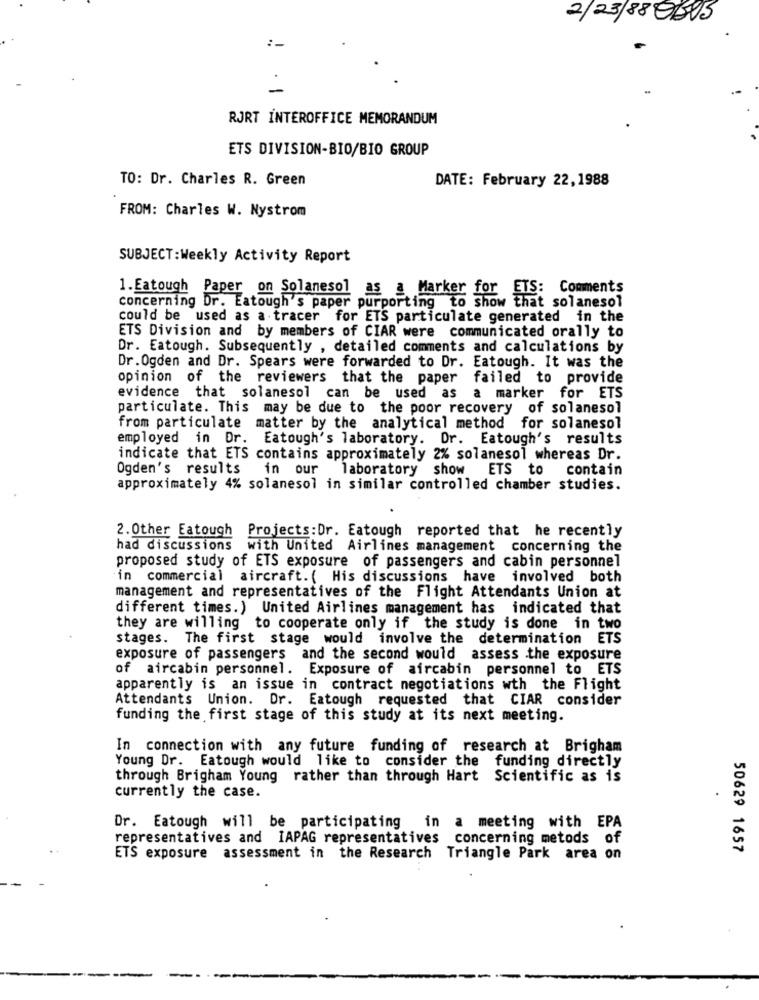
2/23/88 QEUS
:-
RJRT INTEROFFICE MEMORANDUM
ETS DIVISION-BIO/BIO GROUP
TO: Dr. Charles R. Green
DATE: February 22,1988
FROM: Charles W. Nystrom
SUBJECT:Weekly Activity Report
1. Eatough Paper on Solanesol as a Marker for ETS: Comments
concerning Dr. Eatough's paper purporting to show that solanesol
could be used as a tracer for ETS particulate generated in the
ETS Division and by members of CIAR were communicated orally to
Dr. Eatough. Subsequently , detailed comments and calculations by
Dr. Ogden and Dr. Spears were forwarded to Dr. Eatough. It was the
opinion of the reviewers that the paper failed to provide
evidence that solanesol can be used as a marker for ETS
particulate. This may be due to the poor recovery of solanesol
from particulate matter by the analytical method for solanesol
employed in Dr. Eatough's laboratory. Dr. Eatough's results
indicate that ETS contains approximately 2% solanesol whereas Dr.
Ogden's results
in our laboratory show ETS
to contain
approximately 4% solanesol in similar controlled chamber studies.
2. Other Eatough Projects:Dr. Eatough reported that he recently
had discussions with United Airlines management concerning the
proposed study of ETS exposure of passengers and cabin personnel
in commercial aircraft. ( His discussions have involved both
management and representatives of the Flight Attendants Union at
different times.) United Airlines management has indicated that
they are willing to cooperate only if the study is done in two
stages. The first stage would involve the determination ETS
exposure of passengers and the second would assess the exposure
of aircabin personnel. Exposure of aircabin personnel to ETS
apparently is an issue in contract negotiations wth the Flight
Attendants Union. Dr. Eatough requested that CIAR consider
funding the first stage of this study at its next meeting.
In connection with any future funding of research at Brigham
Young Dr. Eatough would like to consider the funding directly
through Brigham Young rather than through Hart Scientific as is
currently the case.
Dr. Eatough will be participating in
a meeting with EPA
representatives and IAPAG representatives concerning metods of
50629 1657
ETS exposure assessment in the Research Triangle Park area on